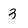
Character: 3